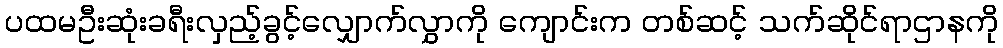
ပထမဦးဆုံးခရီးလှည့်ခွင့်လျှောက်လွှာကို ကျောင်းက တစ်ဆင့် သက်ဆိုင်ရာဌာနကို